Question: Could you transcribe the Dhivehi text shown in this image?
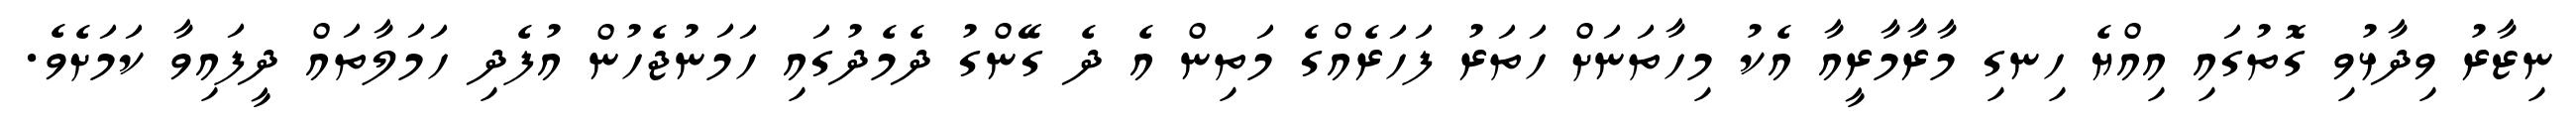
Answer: ނިޒާރު ވިދާޅުވި ގޮތުގައި އިއްޔެ ހިނގި މާރާމާރީއާ އެކު މިހާތަނަށް ހަތަރު ފަހަރެއްގެ މަތިން އެ ދެ ގޭންގު ދެމެދުގައި ހަމަނުޖެހުން އުފެދި ހަމަލާތައް ދީފައިވާ ކަމަށެވެ.